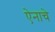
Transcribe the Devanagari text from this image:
ऐनाचे